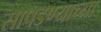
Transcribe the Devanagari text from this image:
सापडण्याच्या